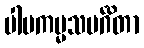
ပါပကမ္မသမင်္ဂိတာ